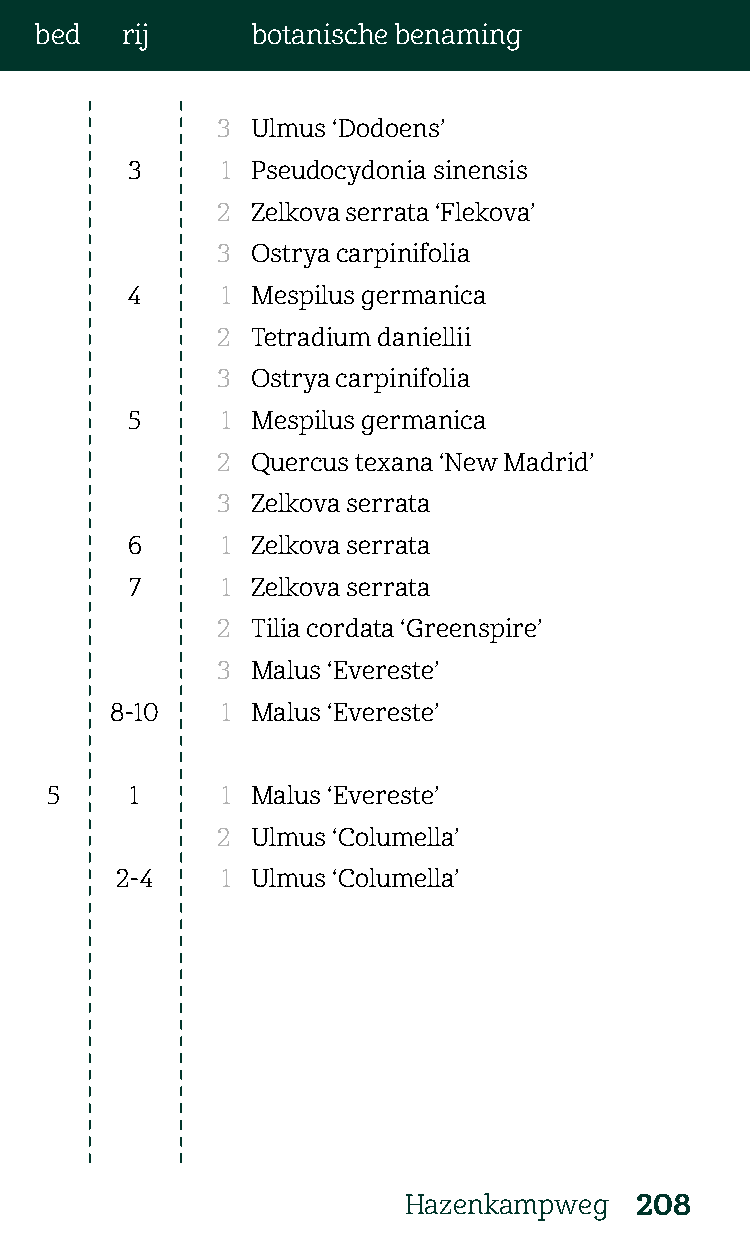
bed   rij      botanische benaming
 3  Ulmus ‘Dodoens’
 3      1 Pseudocydonia sinensis
 2  Zelkova serrata ‘Flekova’
 3  Ostrya carpinifolia
 4      1 Mespilus germanica
 2  Tetradium daniellii
 3  Ostrya carpinifolia
 5      1 Mespilus germanica
 2  Quercus texana ‘New Madrid’
 3  Zelkova serrata
 6      1 Zelkova serrata
 7     1 Zelkova serrata
 2  Tilia cordata ‘Greenspire’
 3  Malus ‘Evereste’
 8-10    1 Malus ‘Evereste’
 5     1     1 Malus ‘Evereste’
 2  Ulmus ‘Columella’
 2-4    1 Ulmus ‘Columella’
 Hazenkampweg   208